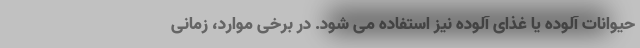
حیوانات آلوده یا غذای آلوده نیز استفاده می شود. در برخی موارد، زمانی